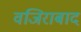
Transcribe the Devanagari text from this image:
वजिराबाद